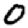
Digit: 0